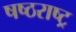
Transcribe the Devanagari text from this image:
षष्ठराष्ट्र